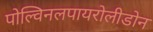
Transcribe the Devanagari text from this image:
पोल्विनलपायरोलीडोन